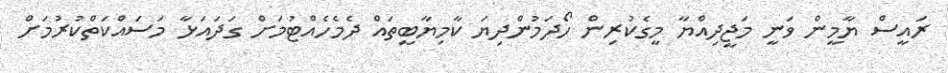
ރައީސް ޔާމީން ވަނީ މަޖީދިއްޔާ މީގެކުރިން ހޯދަމުންދިޔަ ކާމިޔާބީތައް ދެމެހެއްޓުމަށް ގަދައަޅާ މަސައްކަތްކުރުމަށް